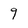
Character: 9